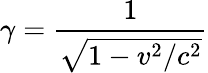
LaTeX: \gamma={\frac{1}{\sqrt{1-v^{2}/c^{2}}}}